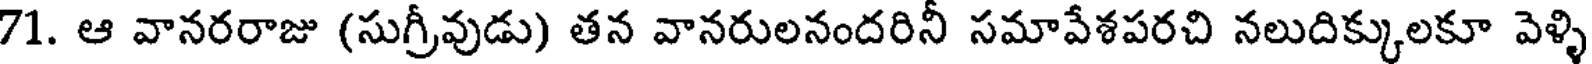
71. ఆ వానరరాజు (సుగ్రీవుడు) తన వానరులనందరినీ సమావేశపరచి నలుదిక్కులకూ వెళ్ళి